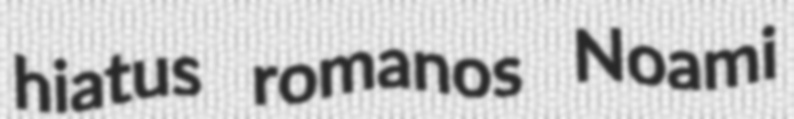
hiatus romanos Noami